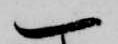
一